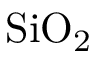
\mathrm { { S i O _ { 2 } } }